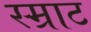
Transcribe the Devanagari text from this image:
स्म्राट